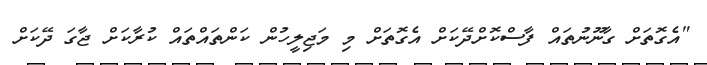
"އެގޮތަށް ގާނޫނުތައް ފާސްކޮށްދޭކަށް އެގޮތަށް މި މަޖިލީހުން ކަންތައްތައް ކުރާކަށް ޖާގަ ދޭކަށް